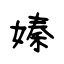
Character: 嫀